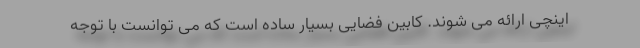
اینچی ارائه می شوند. کابین فضایی بسیار ساده است که می توانست با توجه